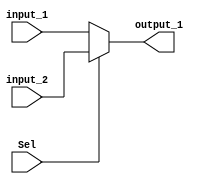
`timescale 1ns/1ns

module two_to_1_mux #(parameter DWIDTH = 64) (Sel, input_1, input_2, output_1);

    input Sel;
    input [DWIDTH-1:0] input_1;
    input [DWIDTH-1:0] input_2;
    output[DWIDTH-1:0] output_1;

    assign output_1 = ~Sel ? input_1 : input_2;
endmodule